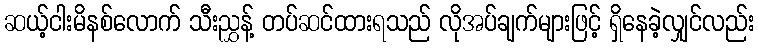
ဆယ့်ငါးမိနစ်လောက် သီးညွှန့် တပ်ဆင်ထားရသည် လိုအပ်ချက်များဖြင့် ရှိနေခဲ့လျှင်လည်း